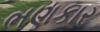
ભણકાર